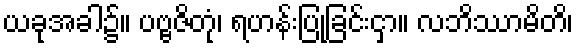
ယခုအခါ၌။ ပဗ္ဗဇိတုံ၊ ရဟန်းပြုခြင်းငှာ။ လဘိဿာမိတိ၊